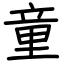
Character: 童